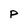
Character: P